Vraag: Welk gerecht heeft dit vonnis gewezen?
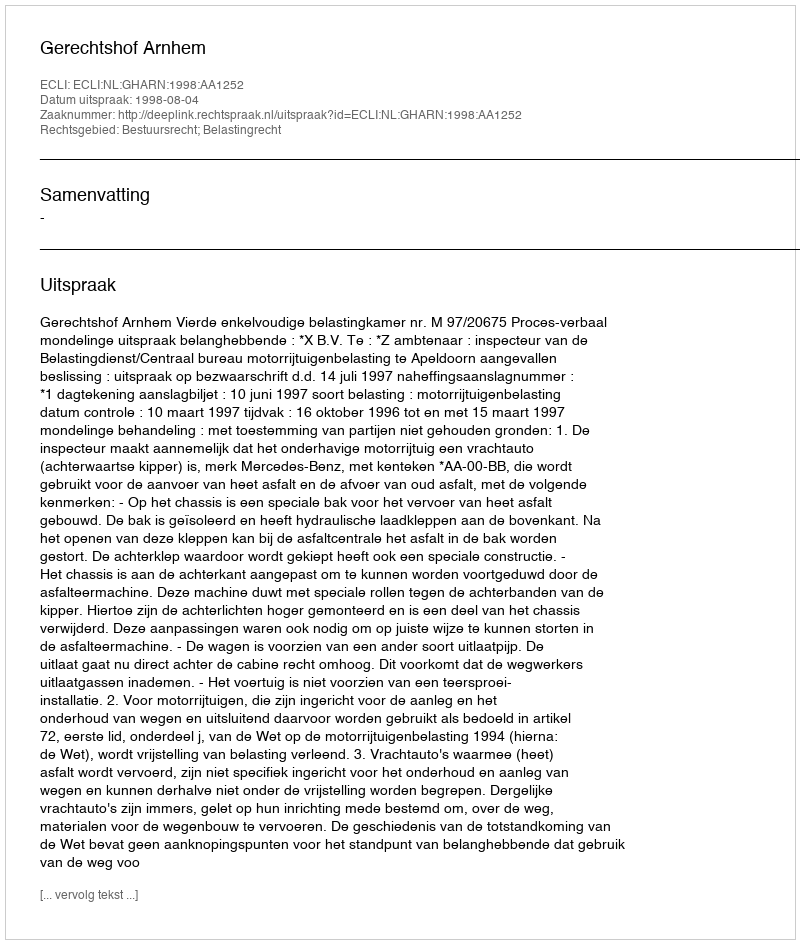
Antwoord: Gerechtshof Arnhem